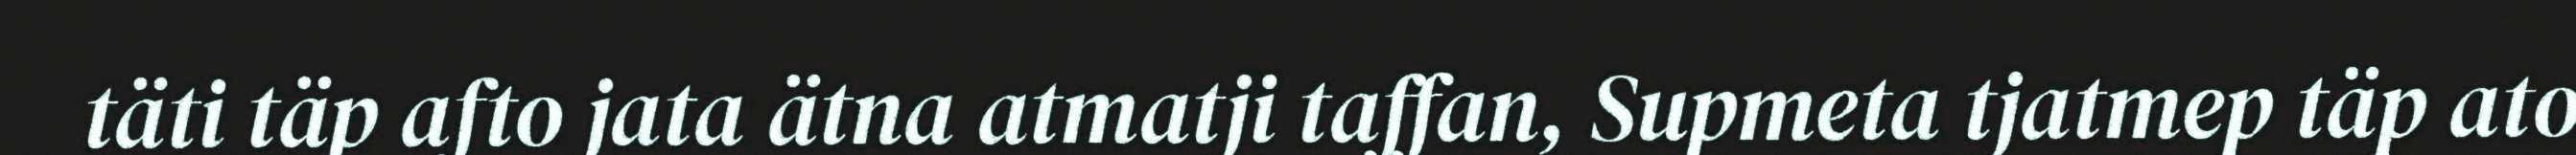
täti täp afto jata ätna atmatji taffan, Supmeta tjatmep täp ato